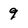
Character: 9